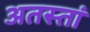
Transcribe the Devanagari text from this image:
अतस्तां